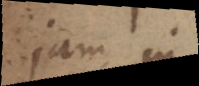
jam in